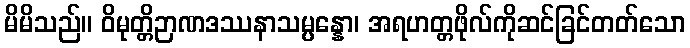
မိမိသည်။ ဝိမုတ္တိဉာဏဒဿနာသမ္ပန္နော၊ အရဟတ္တဖိုလ်ကိုဆင်ခြင်တတ်သော